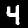
Digit: 4